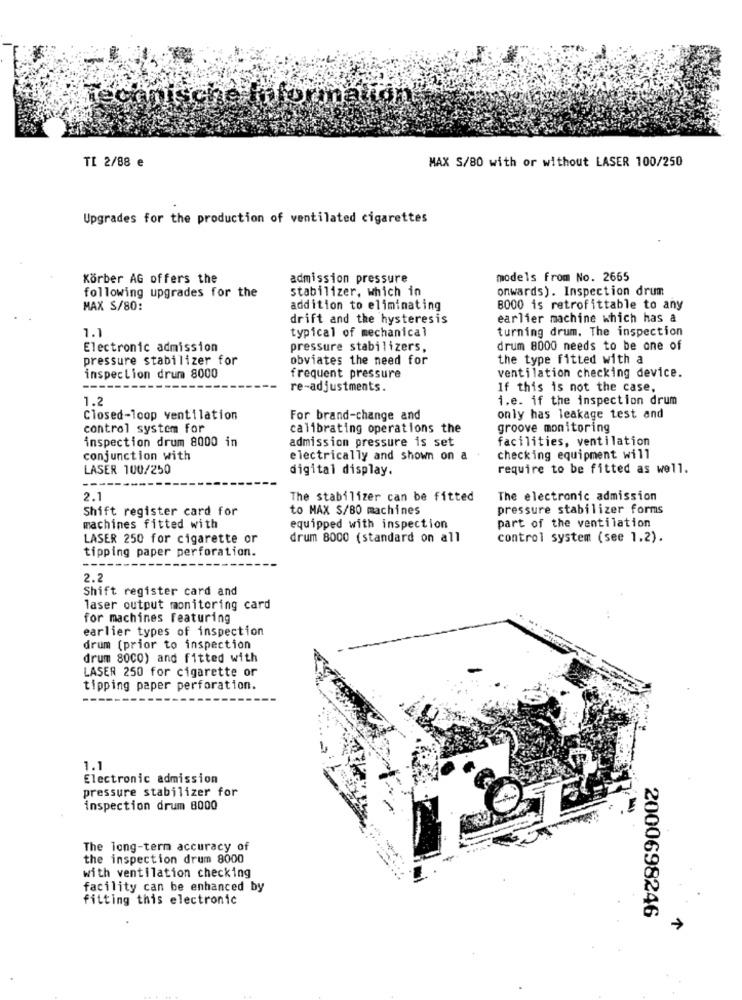
che information
TI 2/88 e
MAX S/80 with or without LASER 100/250
Upgrades for the production of ventilated cigarettes
Körber AG offers the
admission pressure
models from No. 2665
following upgrades for the
stabilizer, which in
onwards). Inspection drum
MAX S/80:
addition to eliminating
8000 is retrofittable to any
drift and the hysteresis
earlier machine which has a
turning drum. The inspection
1.1
typical of mechanical
Electronic admission
pressure stabilizers,
drum 8000 needs to be one of
pressure stabilizer for
obviates the need for
the type fitted with a
inspection drum 8000
frequent pressure
ventilation checking device.
re-adjustments.
If this is not the case,
1.2
i.e. if the inspection drum
Closed-loop ventilation
For brand-change and
only has leakage test and
control system for
calibrating operations the
groove monitoring
inspection drum 8000 in
admission pressure is set
facilities, ventilation
conjunction with
electrically and shown on a
checking equipment will
LASER 100/250
digital display.
require to be fitted as well.
--
2.1
The stabilizer can be fitted
The electronic admission
Shift register card for
to MAX S/80 machines
pressure stabilizer forms
part of the ventilation
machines fitted with
equipped with inspection
LASER 250 for cigarette or
drum 8000 (standard on all
control system (see 1.2).
tipping paper perforation.
----
2.2
Shift register card and
laser output monitoring card
for machines featuring
earlier types of inspection
drum (prior to inspection
drum 8000) and fitted with
LASER 250 for cigarette or
tipping paper perforation.
1.1
Electronic admission
pressure stabilizer for
inspection drum 8000
The long-term accuracy of
the inspection drum 8000
with ventilation checking
facility can be enhanced by
fitting this electronic
2000698246